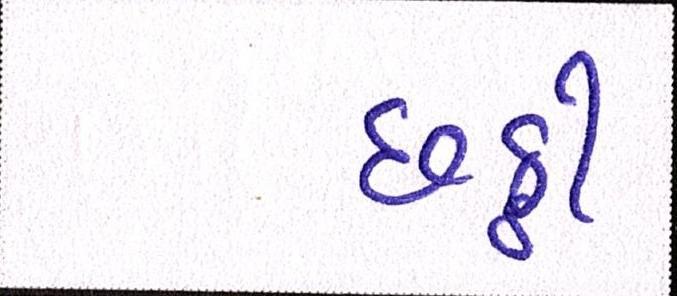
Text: છઠ્ઠી